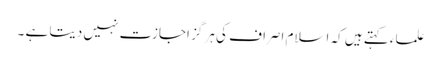
علماء کہتے ہیں کہ اسلام اصراف کی ہر گز اجازت نہیں دیتا ہے ۔